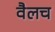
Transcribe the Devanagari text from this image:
वैलच